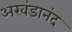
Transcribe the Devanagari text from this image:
अखंडानंद